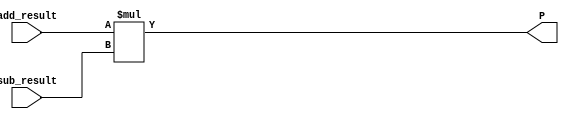
module MULT (
	input wire [8:0] add_result,
	input wire [8:0] sub_result,
	output wire [17:0] P
	
);

assign P = add_result * sub_result;

endmodule